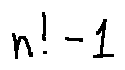
n ! - 1